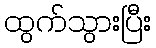
ထွက်သွားပြီး